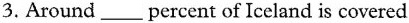
3.Around ___ percent of Iceland is covered